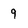
Character: 9